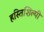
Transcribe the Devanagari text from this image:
हस्तिशिल्पी